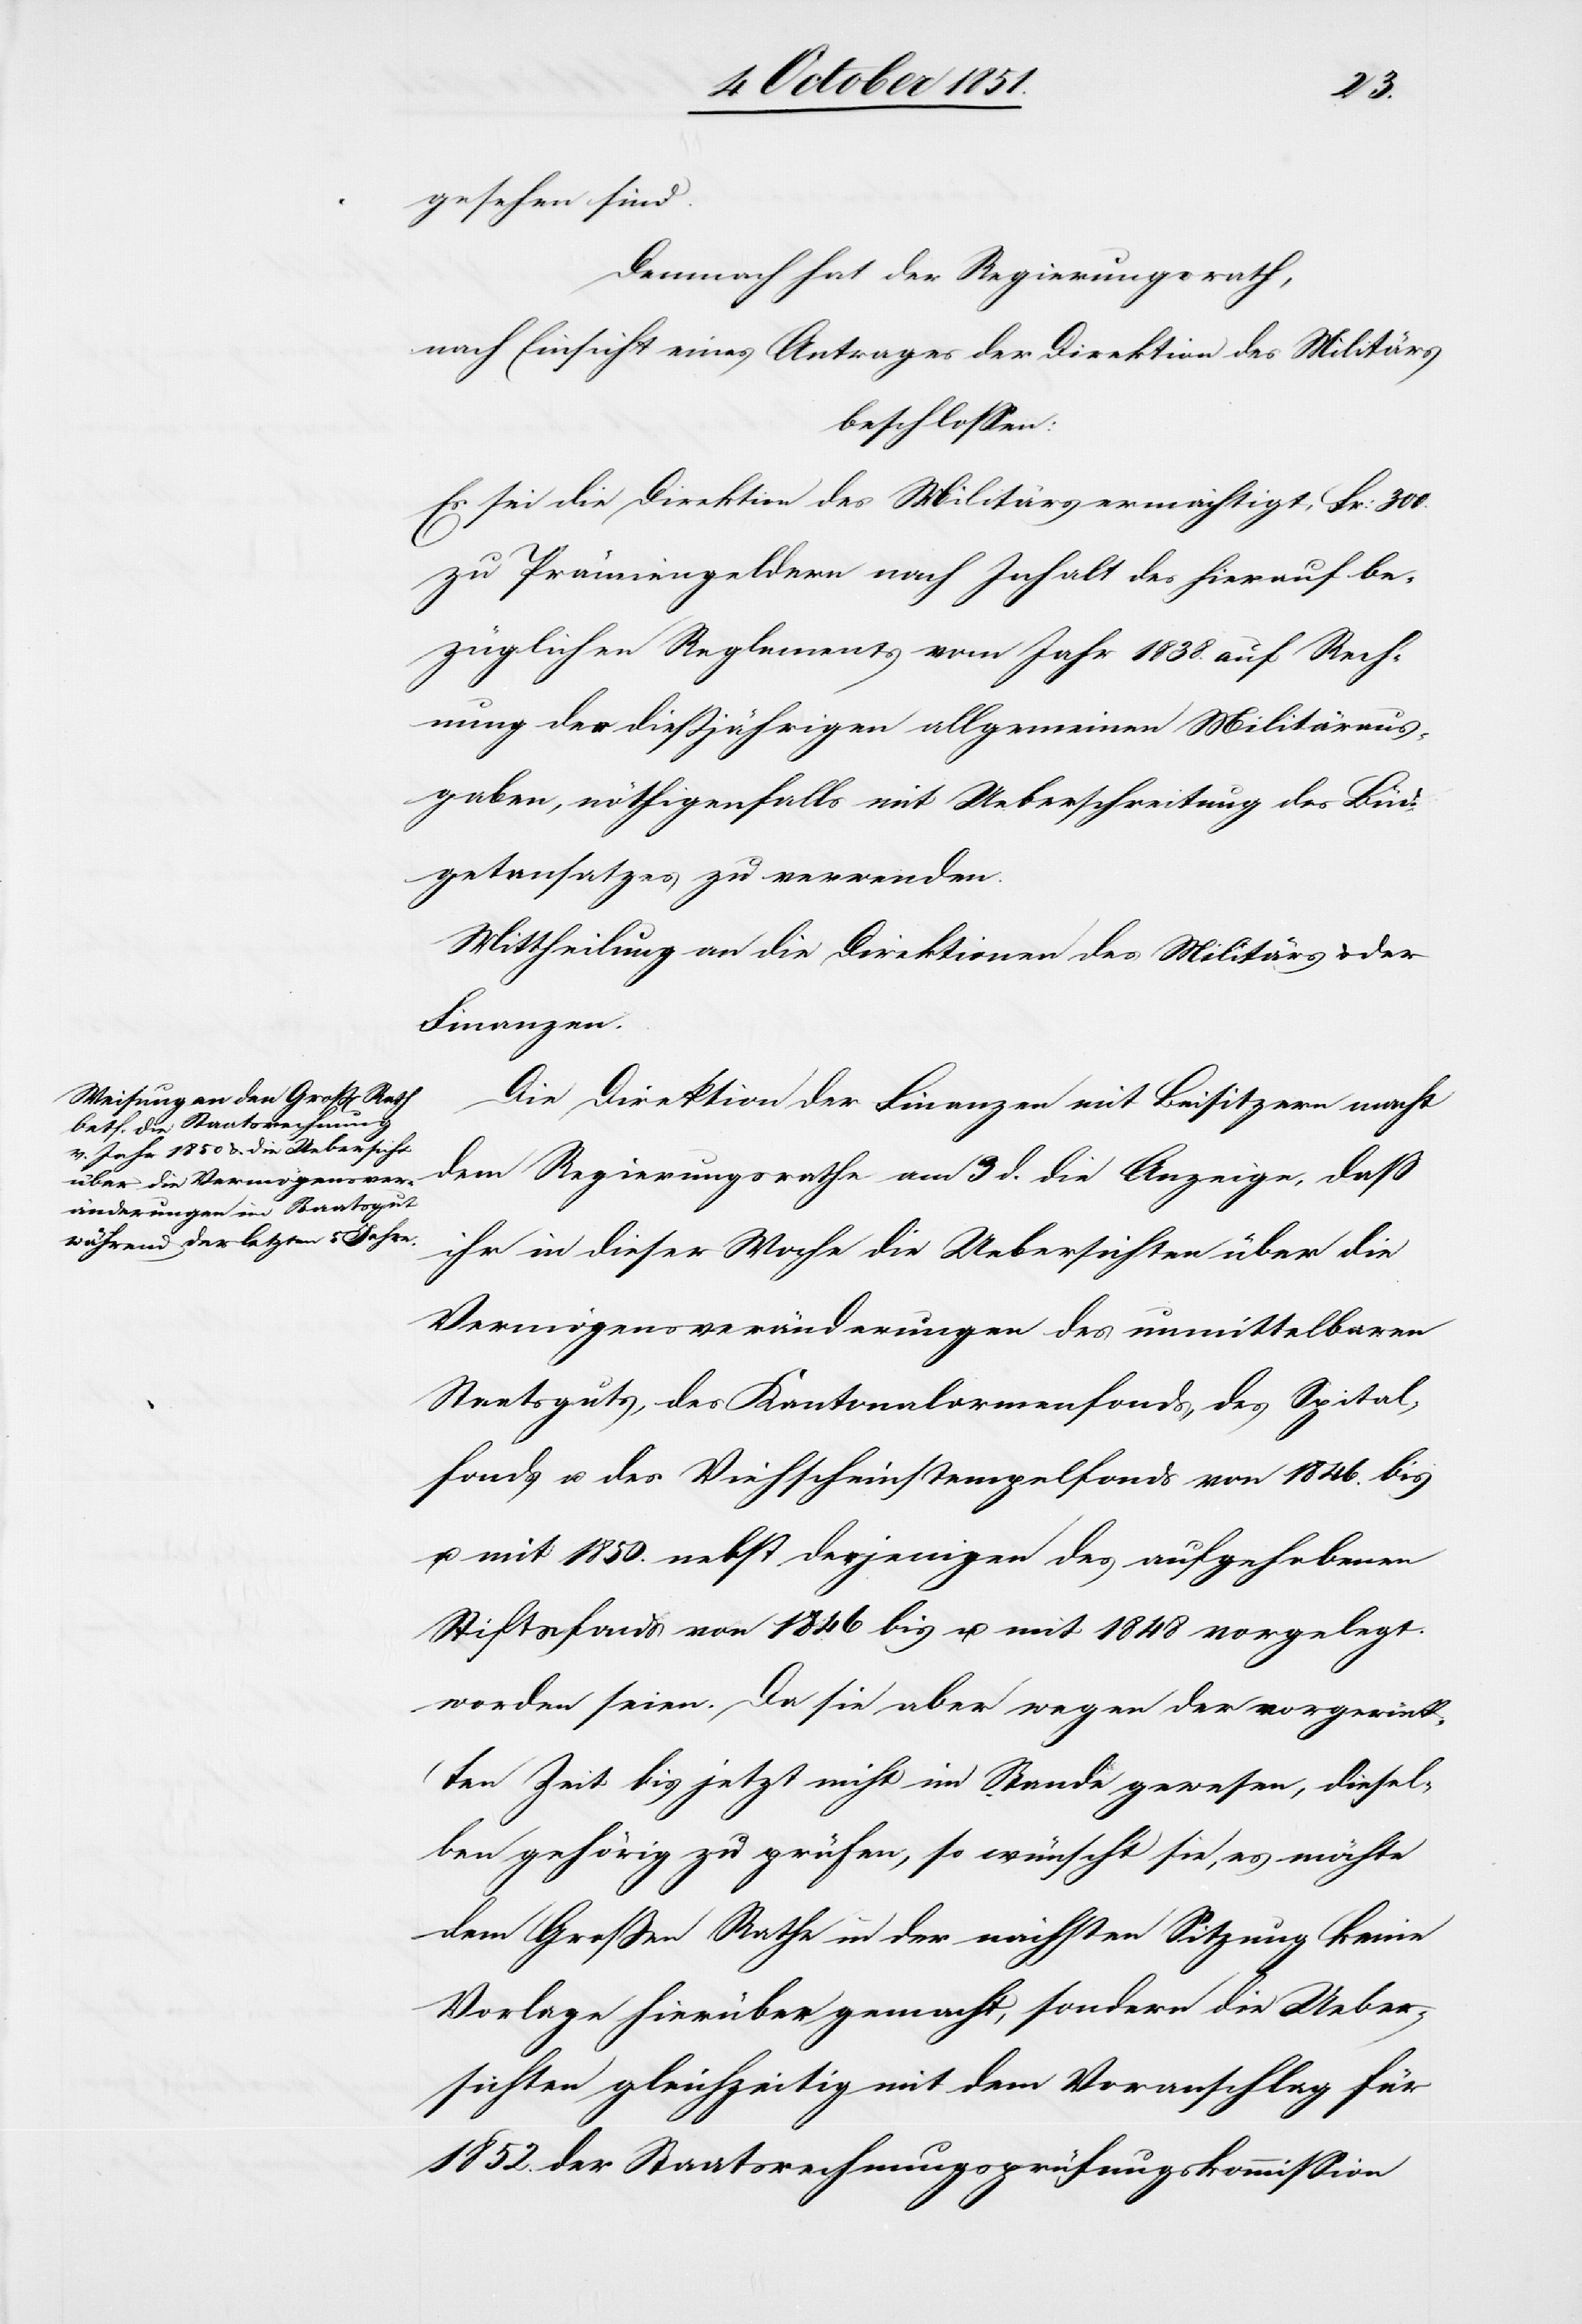
gesehen sind.
Demnach hat der Regierungsrath,
nach Einsicht eines Antrages der Direktion des Militärs
beschlossen:
Es sei die Direktion des Militärs ermächtigt, Fr: 300.
zu Prämiengeldern nach Inhalt des hierauf be¬
züglichen Reglements vom Jahr 1838. auf Rech¬
nung der dießjährigen allgemeinen Militäraus¬
gaben, nöthigenfalls mit Ueberschreitung des Büd¬
getansatzes zu verwenden.
Mittheilung an die Direktionen des Militärs & der
Finanzen.
Die Direktion der Finanzen mit Beisitzern macht
dem Regierungsrathe am 3 d. die Anzeige, daß
ihr in dieser Woche die Uebersichten über die
Vermögensveränderungen des unmittelbaren
Staatsguts, des Kantonalarmenfonds, des Spital¬
fonds u. des Viehscheinstempelfonds von 1846. bis
u. mit 1850. nebst derjenigen des aufgehobenen
Stiftsfonds von 1846 bis u. mit 1848 vorgelegt
worden seien. Da sie aber wegen der vorgerück¬
ten Zeit bis jetzt nicht im Stande gewesen, diesel¬
ben gehörig zu prüfen, so wünscht sie, es möchte
dem Großen Rathe in der nächsten Sitzung keine
Vorlage hierüber gemacht, sondern die Ueber¬
sichten gleichzeitig mit dem Voranschlag für
1852. der Staatsrechnungsprüfungskommission